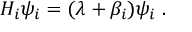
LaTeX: { \cal H } _ { i } \psi _ { i } = ( \lambda + \beta _ { i } ) \psi _ { i } ~ .